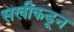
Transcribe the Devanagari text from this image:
सखीकडून